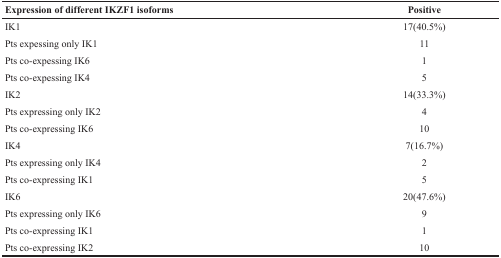
<table><thead><tr><td><b>Expression of different IKZF1 isoforms</b></td><td><b>Positive</b></td></tr></thead><tbody><tr><td>IK1</td><td>17(40.5%)</td></tr><tr><td>Pts expessing only IK1</td><td>11</td></tr><tr><td>Pts co-expessing IK6</td><td>1</td></tr><tr><td>Pts co-expessing IK4</td><td>5</td></tr><tr><td>IK2</td><td>14(33.3%)</td></tr><tr><td>Pts expressing only IK2</td><td>4</td></tr><tr><td>Pts co-expressing IK6</td><td>10</td></tr><tr><td>IK4</td><td>7(16.7%)</td></tr><tr><td>Pts expressing only IK4</td><td>2</td></tr><tr><td>Pts co-expressing IK1</td><td>5</td></tr><tr><td>IK6</td><td>20(47.6%)</td></tr><tr><td>Pts expressing only IK6</td><td>9</td></tr><tr><td>Pts co-expressing IK1</td><td>1</td></tr><tr><td>Pts co-expressing IK2</td><td>10</td></tr></tbody></table>